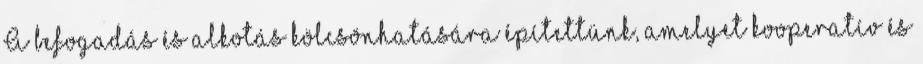
A befogadás és alkotás kölcsönhatására építettünk, amelyet kooperatív és